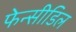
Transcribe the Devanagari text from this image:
फेन्सीडिल